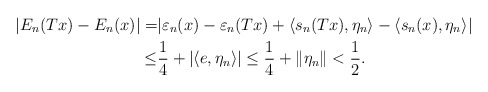
\begin{align*}|E_n(Tx ) - E_n(x)| = & |\varepsilon_n (x) -\varepsilon_n (Tx) + \langle s_n (T x) , \eta_n \rangle - \langle s_n (x) , \eta_n \rangle |\\ \leq & \frac 14 + |\langle e , \eta_n \rangle | \leq \frac 14 + \Vert\eta_n\Vert < \frac 12 .\end{align*}